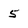
Character: 5